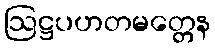
ဩဋ္ဌပဟတမတ္တေန